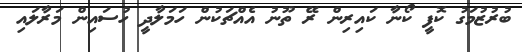
ބުރުޒުމަގު ކޮފީ ކޯނާ ކައިރިން ރޭ ތޫނު އެއްޗަކުން ހަމަލާދީ ހުސައިން މަރާލައި